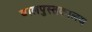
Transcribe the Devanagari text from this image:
बालपुस्तकालय